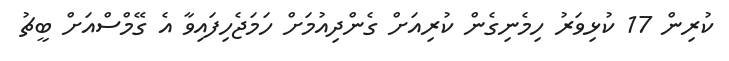
ކުރިން 17 ކުޅިވަރު ހިމެނިގެން ކުރިއަށް ގެންދިއުމަށް ހަމަޖެހިފައިވާ އެ ގޭމްސްއަށް ބީޗު